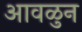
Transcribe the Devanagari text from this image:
आवळुन